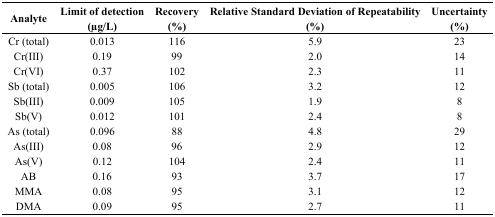
<table><thead><tr><td><b>Analyte</b></td><td><b>Limit of detection(μg/L)</b></td><td><b>Recovery (%)</b></td><td><b>Relative Standard Deviation of Repeatability(%)</b></td><td><b>Uncertainty(%)</b></td></tr></thead><tbody><tr><td>Cr (total)</td><td>0.013</td><td>116</td><td>5.9</td><td>23</td></tr><tr><td>Cr(III)</td><td>0.19</td><td>99</td><td>2.0</td><td>14</td></tr><tr><td>Cr(VI)</td><td>0.37</td><td>102</td><td>2.3</td><td>11</td></tr><tr><td>Sb (total)</td><td>0.005</td><td>106</td><td>3.2</td><td>12</td></tr><tr><td>Sb(III)</td><td>0.009</td><td>105</td><td>1.9</td><td>8</td></tr><tr><td>Sb(V)</td><td>0.012</td><td>101</td><td>2.4</td><td>8</td></tr><tr><td>As (total)</td><td>0.096</td><td>88</td><td>4.8</td><td>29</td></tr><tr><td>As(III)</td><td>0.08</td><td>96</td><td>2.9</td><td>12</td></tr><tr><td>As(V)</td><td>0.12</td><td>104</td><td>2.4</td><td>11</td></tr><tr><td>AB</td><td>0.16</td><td>93</td><td>3.7</td><td>17</td></tr><tr><td>MMA</td><td>0.08</td><td>95</td><td>3.1</td><td>12</td></tr><tr><td>DMA</td><td>0.09</td><td>95</td><td>2.7</td><td>11</td></tr></tbody></table>